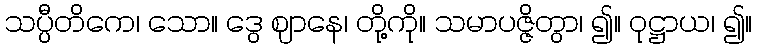
သပ္ပီတိကေ၊ သော။ ဒွေ ဈာနေ၊ တို့ကို။ သမာပဇ္ဇိတွာ၊ ၍။ ဝုဋ္ဌာယ၊ ၍။